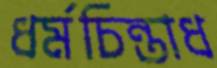
ধর্মচিন্তাধ